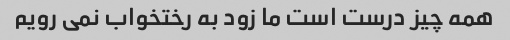
همه چیز درست است ما زود به رختخواب نمی رویم